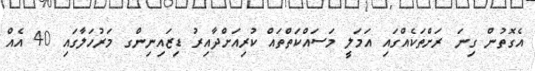
އެގޮތުން ގިނަ ރަށްތަކެއްގައި އަމަލީ މަސައްކަތްތައް ކުރިއަށްދާއިރު ޑިޒައިނިންގ މަރުހަލާގައި 40 އެއް